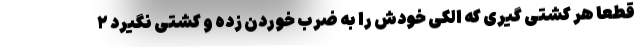
قطعا هر کشتی گیری که الکی خودش را به ضرب خوردن زده و کشتی نگیرد ۲